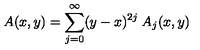
A ( x , y ) = \sum _ { j = 0 } ^ { \infty } ( y - x ) ^ { 2 j } \: A _ { j } ( x , y )